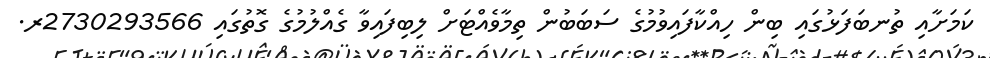
ކަމަށާއި ތުނބަފަޅުގައި ބިން ހިއްކާފައިވުމުގެ ސަބަބުން ތިމާވެއްޓަށް ލިބިފައިވާ ގެއްލުމުގެ ގޮތުގައި 2730293566ރ.